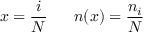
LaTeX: x = \frac { i } { N } \; \; \; \; \; \; n ( x ) = \frac { n _ { i } } { N }